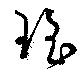
瑤